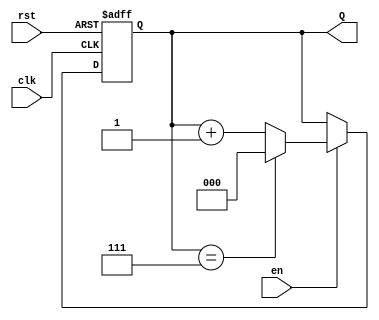
module up_counter (
    input wire clk,        // Clock input
    input wire en,         // Enable input
    input wire rst,        // Asynchronous reset input
    output reg [2:0] Q     // 3-bit output for count (max value = 7)
);

    // Asynchronous reset and counting logic
    always @(posedge clk or posedge rst) begin
        if (rst) begin
            Q <= 3'b000;  // Reset count to 0
        end else if (en) begin
            if (Q == 3'b111) begin
                Q <= 3'b000; // Wrap around to 0
            end else begin
                Q <= Q + 1;  // Increment count
            end
        end
    end

endmodule